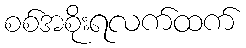
စစ်အစိုးရလက်ထက်